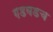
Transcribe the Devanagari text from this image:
गडबडच